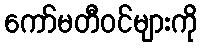
ကော်မတီဝင်များကို